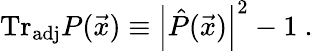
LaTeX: \mathrm{Tr}_{\mathrm{adj}}P({\vec{x}})\equiv\left|{\hat{P}}({\vec{x}})\right|^{2}-1~.